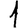
Digit: 1